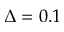
\Delta = 0 . 1